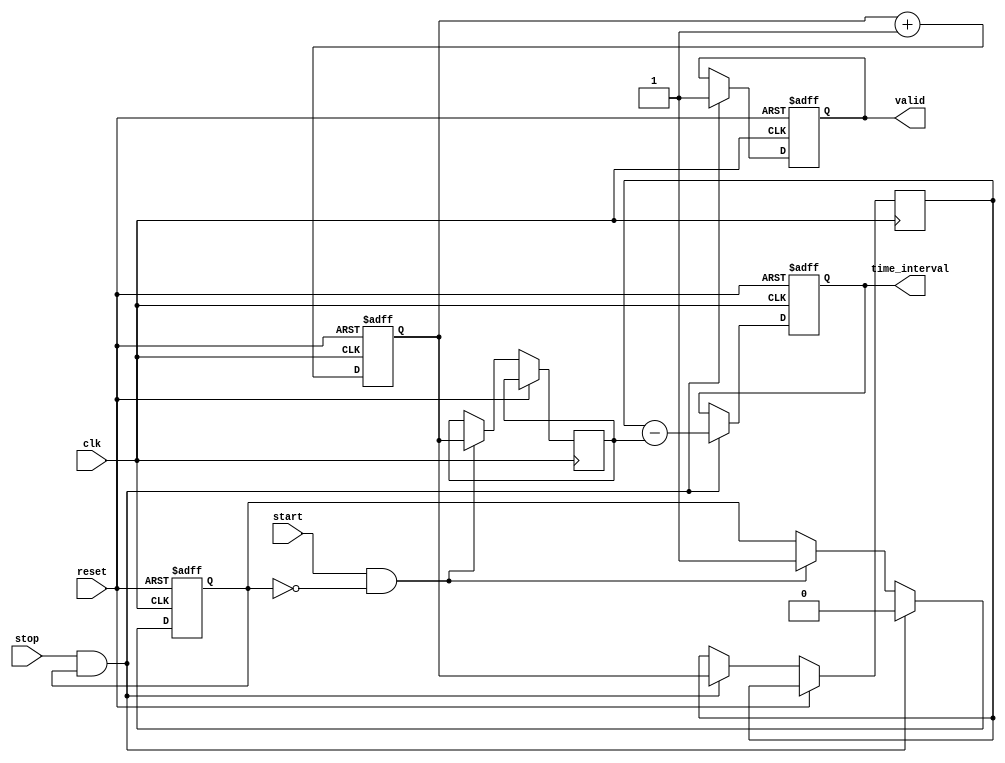
module tdc (
    input wire clk,           // High-frequency clock
    input wire reset,         // Reset signal
    input wire start,         // Start signal
    input wire stop,          // Stop signal
    output reg [31:0] time_interval, // Output time interval in clock cycles
    output reg valid          // Output valid flag
);

    reg [31:0] counter;       // Counter to measure time
    reg [31:0] start_time;    // Time when start signal is received
    reg [31:0] stop_time;     // Time when stop signal is received
    reg capturing;            // State to control capturing of timestamps

    // Counter process
    always @(posedge clk or posedge reset) begin
        if (reset) begin
            counter <= 32'b0;
            capturing <= 1'b0;
            time_interval <= 32'b0;
            valid <= 1'b0;
        end else begin
            counter <= counter + 1'b1; // Increment counter on each clock cycle

            // Capture start time
            if (start && !capturing) begin
                start_time <= counter;
                capturing <= 1'b1; // Start capturing
            end

            // Capture stop time and calculate time interval
            if (stop && capturing) begin
                stop_time <= counter;
                time_interval <= stop_time - start_time; // Compute time interval
                valid <= 1'b1; // Indicate that a valid time interval is ready
                capturing <= 1'b0; // Stop capturing
            end
        end
    end

endmodule